Insane asylums in Bengal annual reports 1867-1875 - 1867-1875
Year: 1867
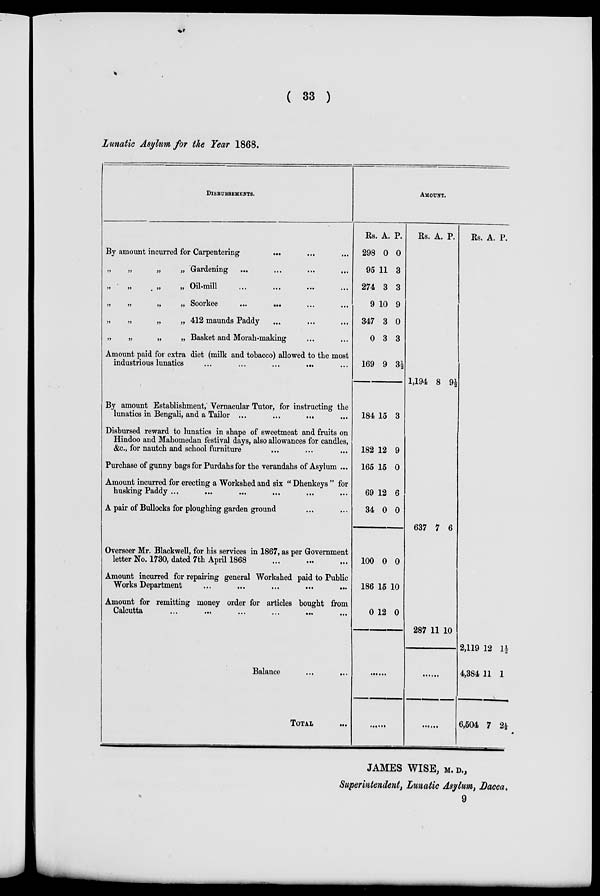
( 33 )
Lunatic Asylum for the Year 1868.
DISBURSEMENTS.
By amount incurred for Carpentering ... ... ...
„
„
„
„ Gardening ...
...
...
...
„
„
„
„ Oil-mill
...
...
„
„
„
„
Soorkee
...
...
...
...
„
„
„
„ 412 maunds Paddy ... ... ...
„
„
„
„ Basket and Morah-making ... ...
Amount paid for extra diet (milk and tobacco) allowed to the most
industrious lunatics
...
...
...
...
By amount Establishment, Vernacular Tutor, for instructing the
lunatics in Bengali, and a Tailor ...
...
... ...
Disbursed reward to lunatics in shape of sweetmeat and fruits on
Hindoo and Mahomedan festival days, also allowances for candles,
&c., for nautch and school furniture ... ... ...
Purchase of gunny bags for Purdahs for the verandahs of Asylum ...
Amount incurred for erecting a Workshed and six " Dhenkeys " for
husking Paddy ...
... ... ... ... ...
A pair of Bullocks for ploughing garden ground ... ...
Overseer Mr. Blackwell, for his services in 1867, as per Government
letter No. 1730, dated 7th April 1868 ... ... ...
Amount incurred for repairing general Workshed paid to Public
Works Department ... ... ... ... ...
Amount for remitting money order for articles bought from
Calcutta
...
...
...
...
...
Balance
...
...
TOTAL ...
AMOUNT.
Rs.
298
95
274
9
347
0
169
184
182
165
69
34
100
186
0
A.
0
11
3
10
3
3
9
15
12
15
12
0
0
15
12
P.
0
3
3
9
0
3
3½
3
9
0
6
0
0
10
0
......
......
Rs. A. P.
1,194 8
9½
637 7 6
287 11 10
......
......
Rs. A. P.
2,119
4,384
6,504
12
11
7
1½
1
2½
JAMES WISE, M. D.,
Superintendent, Lunatic Asylum, Dacca.
9